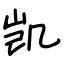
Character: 凯